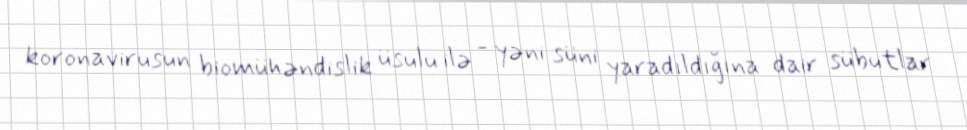
koronavirusun biomühəndislik üsulu ilə - yəni süni yaradıldığına dair sübutlar